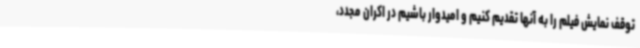
توقف نمایش فیلم را به آنها تقدیم کنیم و امیدوار باشیم در اکران مجدد،